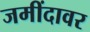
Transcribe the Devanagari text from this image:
जमींदावर